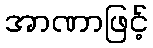
အာဏာဖြင့်